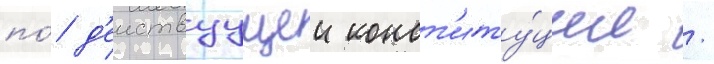
по́ д'еиствуущеи конст'иту́ции /